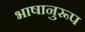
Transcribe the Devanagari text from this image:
भाषानुरूप